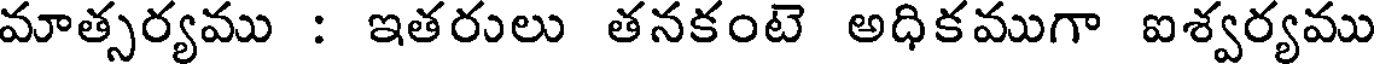
మాత్సర్యము : ఇతరులు తనకంటె అధికముగా ఐశ్వర్యము